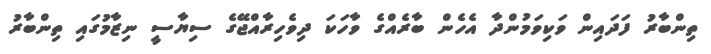
ތިންބާރު ފަދައިން ވަކިވަމުންދާ އެހެން ބާރެއްގެ ވާހަކަ ދިވެހިރާއްޖޭގެ ސިޔާސީ ނިޒާމުގައި ތިންބާރު